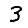
Digit: 3